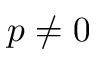
p \neq 0